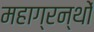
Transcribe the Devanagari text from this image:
महाग्रन्थों